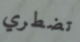
تضطري